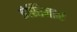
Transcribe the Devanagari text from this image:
इंस्तिमान